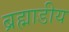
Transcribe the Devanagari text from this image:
ब्रह्माडीय